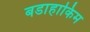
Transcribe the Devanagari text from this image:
बडाहाकिम